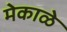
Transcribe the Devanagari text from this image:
मेकाळे